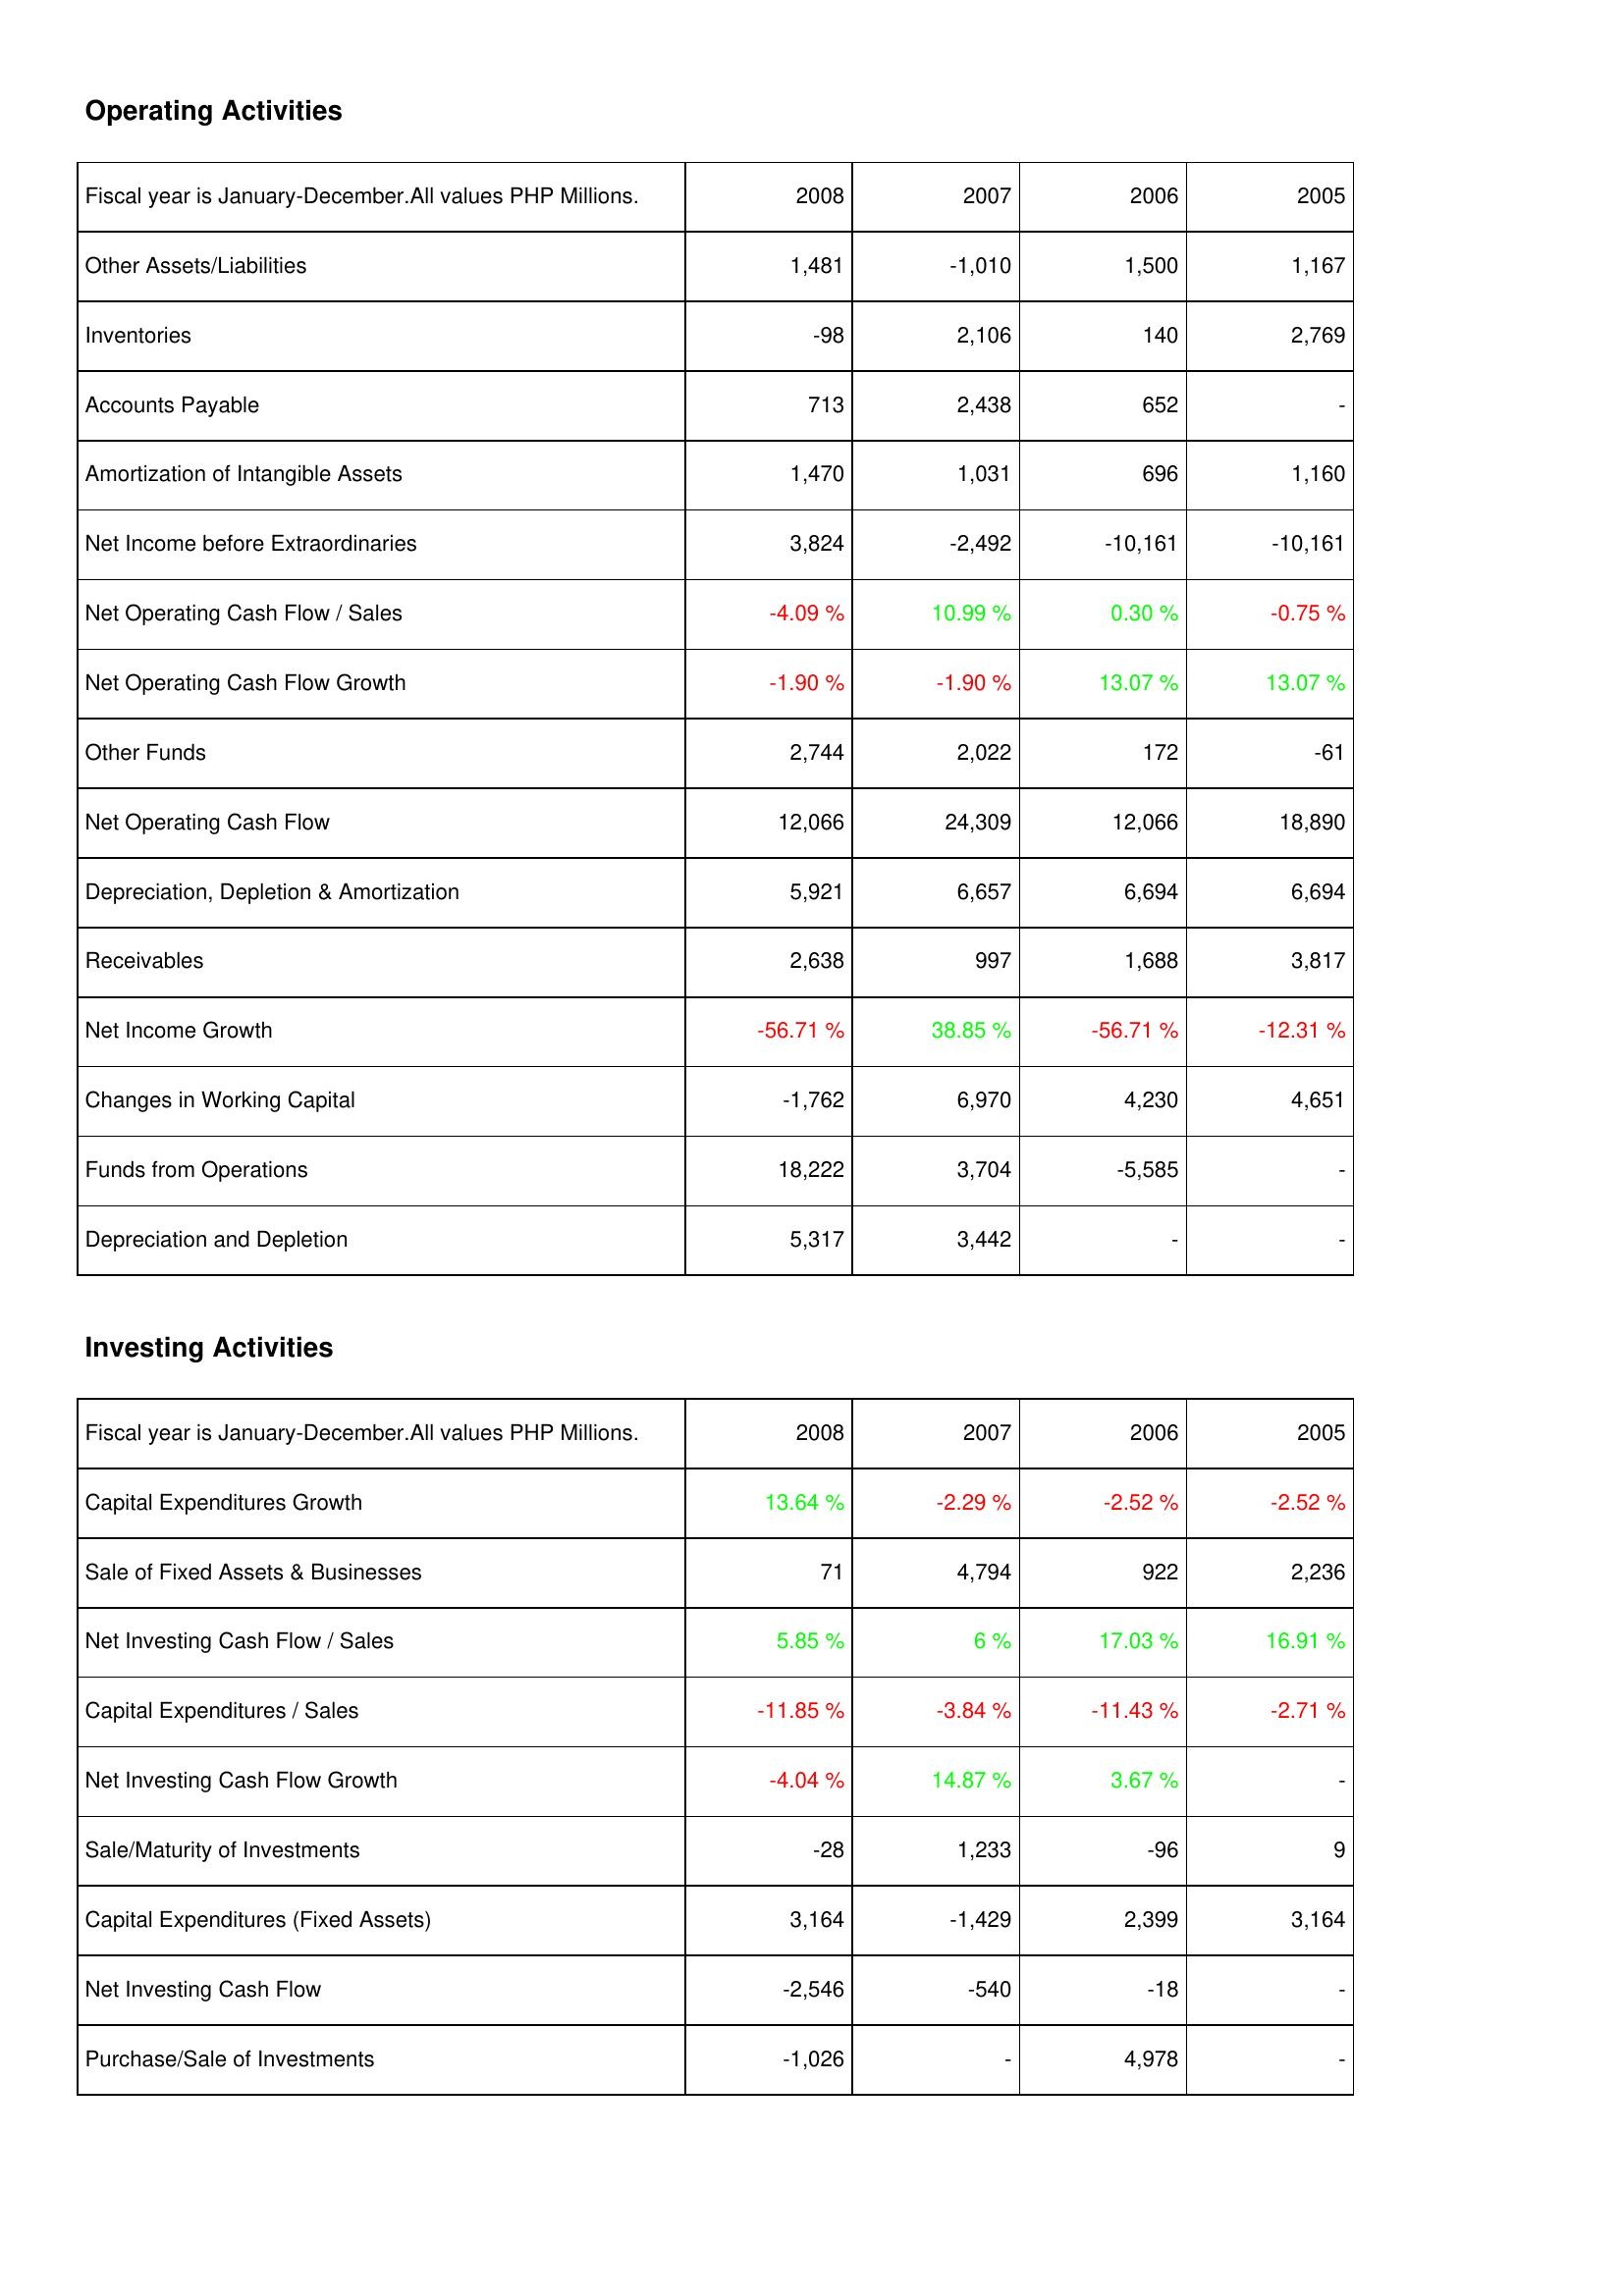
2008: Operating Activities: Other Assets/Liabilities: 1,481
Inventories: -98
Accounts Payable: 713
Amortization of Intangible Assets: 1,470
Net Income before Extraordinaries: 3,824
Net Operating Cash Flow / Sales: -4.09 %
Net Operating Cash Flow Growth: -1.90 %
Other Funds: 2,744
Net Operating Cash Flow: 12,066
Depreciation, Depletion & Amortization: 5,921
Receivables: 2,638
Net Income Growth: -56.71 %
Changes in Working Capital: -1,762
Funds from Operations: 18,222
Depreciation and Depletion: 5,317
Investing Activities: Capital Expenditures Growth: 13.64 %
Sale of Fixed Assets & Businesses: 71
Net Investing Cash Flow / Sales: 5.85 %
Capital Expenditures / Sales: -11.85 %
Net Investing Cash Flow Growth: -4.04 %
Sale/Maturity of Investments: -28
Capital Expenditures (Fixed Assets): 3,164
Net Investing Cash Flow: -2,546
Purchase/Sale of Investments: -1,026
2007: Operating Activities: Other Assets/Liabilities: -1,010
Inventories: 2,106
Accounts Payable: 2,438
Amortization of Intangible Assets: 1,031
Net Income before Extraordinaries: -2,492
Net Operating Cash Flow / Sales: 10.99 %
Net Operating Cash Flow Growth: -1.90 %
Other Funds: 2,022
Net Operating Cash Flow: 24,309
Depreciation, Depletion & Amortization: 6,657
Receivables: 997
Net Income Growth: 38.85 %
Changes in Working Capital: 6,970
Funds from Operations: 3,704
Depreciation and Depletion: 3,442
Investing Activities: Capital Expenditures Growth: -2.29 %
Sale of Fixed Assets & Businesses: 4,794
Net Investing Cash Flow / Sales: 6 %
Capital Expenditures / Sales: -3.84 %
Net Investing Cash Flow Growth: 14.87 %
Sale/Maturity of Investments: 1,233
Capital Expenditures (Fixed Assets): -1,429
Net Investing Cash Flow: -540
Purchase/Sale of Investments: -
2006: Operating Activities: Other Assets/Liabilities: 1,500
Inventories: 140
Accounts Payable: 652
Amortization of Intangible Assets: 696
Net Income before Extraordinaries: -10,161
Net Operating Cash Flow / Sales: 0.30 %
Net Operating Cash Flow Growth: 13.07 %
Other Funds: 172
Net Operating Cash Flow: 12,066
Depreciation, Depletion & Amortization: 6,694
Receivables: 1,688
Net Income Growth: -56.71 %
Changes in Working Capital: 4,230
Funds from Operations: -5,585
Depreciation and Depletion: -
Investing Activities: Capital Expenditures Growth: -2.52 %
Sale of Fixed Assets & Businesses: 922
Net Investing Cash Flow / Sales: 17.03 %
Capital Expenditures / Sales: -11.43 %
Net Investing Cash Flow Growth: 3.67 %
Sale/Maturity of Investments: -96
Capital Expenditures (Fixed Assets): 2,399
Net Investing Cash Flow: -18
Purchase/Sale of Investments: 4,978
2005: Operating Activities: Other Assets/Liabilities: 1,167
Inventories: 2,769
Accounts Payable: -
Amortization of Intangible Assets: 1,160
Net Income before Extraordinaries: -10,161
Net Operating Cash Flow / Sales: -0.75 %
Net Operating Cash Flow Growth: 13.07 %
Other Funds: -61
Net Operating Cash Flow: 18,890
Depreciation, Depletion & Amortization: 6,694
Receivables: 3,817
Net Income Growth: -12.31 %
Changes in Working Capital: 4,651
Funds from Operations: -
Depreciation and Depletion: -
Investing Activities: Capital Expenditures Growth: -2.52 %
Sale of Fixed Assets & Businesses: 2,236
Net Investing Cash Flow / Sales: 16.91 %
Capital Expenditures / Sales: -2.71 %
Net Investing Cash Flow Growth: -
Sale/Maturity of Investments: 9
Capital Expenditures (Fixed Assets): 3,164
Net Investing Cash Flow: -
Purchase/Sale of Investments: -